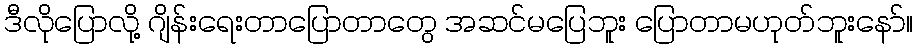
ဒီလိုပြောလို့ ဂျိန်းရေးတာပြောတာတွေ အဆင်မပြေဘူး ပြောတာမဟုတ်ဘူးနော်။